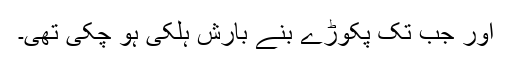
اور جب تک پکوڑے بنے بارش ہلکی ہو چکی تھی۔